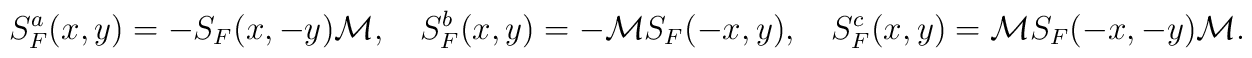
S^a_F(x,y) = -S_F(x,-y){\cal M}, \hspace{0.4cm}  S_F^b(x,y) = -{\cal M} S_F(-x,y), \hspace{0.4cm}  S^c_F(x,y) = {\cal M} S_F(-x,-y) {\cal M}.